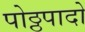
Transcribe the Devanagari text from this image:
पोठ्ठपादो